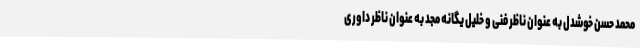
محمد حسن خوشدل به عنوان ناظر فنی و خلیل یگانه مجد به عنوان ناظر داوری